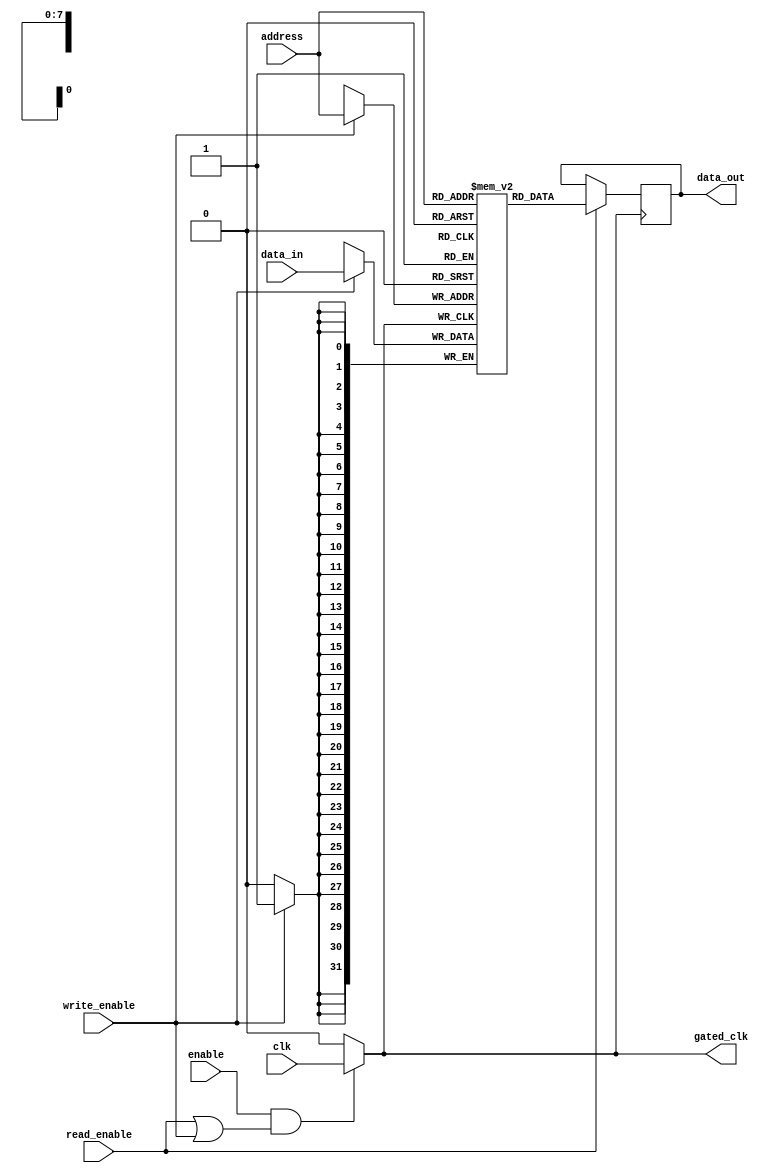
module conditional_clock_gating (
    input wire clk,              // Master clock input
    input wire enable,           // Control signal to enable memory block
    input wire read_enable,      // Control signal for read operation
    input wire write_enable,     // Control signal for write operation
    input wire [7:0] address,    // Address input for memory access
    input wire [31:0] data_in,   // Data input for write operation
    output reg [31:0] data_out,  // Data output for read operation
    output wire gated_clk        // Gated clock output
);

    // Memory array (for simplicity, 256 x 32 bits)
    reg [31:0] memory [0:255];

    // Clock gating logic
    wire active;
    assign active = enable & (read_enable | write_enable);

    // Gated clock generation
    assign gated_clk = active ? clk : 1'b0; // Gated clock output

    // Memory operation logic
    always @(posedge gated_clk) begin
        if (write_enable) begin
            memory[address] <= data_in; // Write data to memory
        end
        if (read_enable) begin
            data_out <= memory[address]; // Read data from memory
        end
    end

endmodule